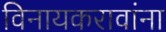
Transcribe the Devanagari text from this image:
विनायकरावांना